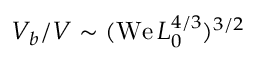
V _ { b } / V \sim ( \mathrm { W e } \, L _ { 0 } ^ { 4 / 3 } ) ^ { 3 / 2 }